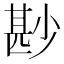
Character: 尠